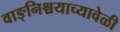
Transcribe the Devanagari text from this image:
वाङ्‌निश्चयाच्यावेळी